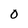
Character: 0